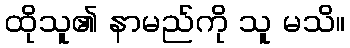
ထိုသူ၏ နာမည်ကို သူ မသိ။